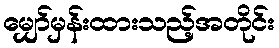
မျှော်မှန်းထားသည့်အတိုင်း